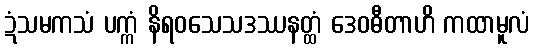
ဍံသမကသံ ပက္ကံ နိရဝသေသဒဿနတ္ထံ ဒေဝဓီတာဟိ ကထာမူလံ